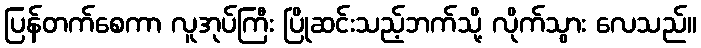
ပြန်တက်စေကာ လူအုပ်ကြီး ပြိုဆင်းသည့်ဘက်သို့ လိုက်သွား လေသည်။